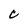
Character: C